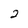
Character: 2